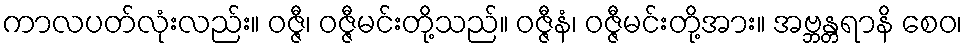
ကာလပတ်လုံးလည်း။ ဝဇ္ဇီ၊ ဝဇ္ဇီမင်းတို့သည်။ ဝဇ္ဇီနံ၊ ဝဇ္ဇီမင်းတို့အား။ အဗ္ဘန္တရာနိ စေဝ၊